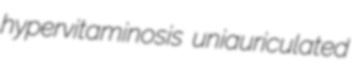
hypervitaminosis uniauriculated